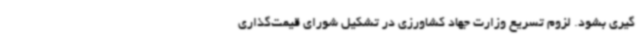
گیری بشود. لزوم تسریع وزارت جهاد کشاورزی در تشکیل شورای قیمت‌گذاری